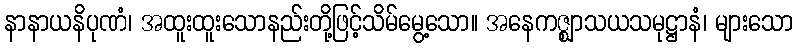
နာနာယနိပုဏံ၊ အထူးထူးသောနည်းတို့ဖြင့်သိမ်မွေ့သော။ အနေကဇ္ဈာသယသမုဋ္ဌာနံ၊ များသော